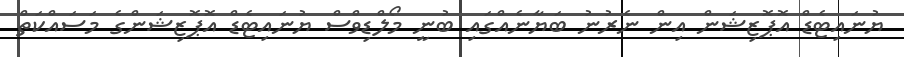
ޔުނައިޓެޑް އޮޕޮޒިޝަން އިން ނެރުނު ބަޔާނެއްގައި ބުނީ މޯލްޑިވްސް ޔުނައިޓެޑް އޮޕޮޒިޝަންގެ މަސައްކަތް